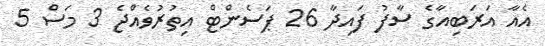
އެއާ އަރަބިއާގެ ސާފު ފައިދާ 26 ޕަސެންޓް އިތުރުވެއްޖެ 3 މަސް 5